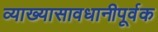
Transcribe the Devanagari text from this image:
व्याख्यासावधानीपूर्वक